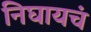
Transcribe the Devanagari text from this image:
निघायचं